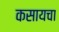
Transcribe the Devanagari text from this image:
कसायचा